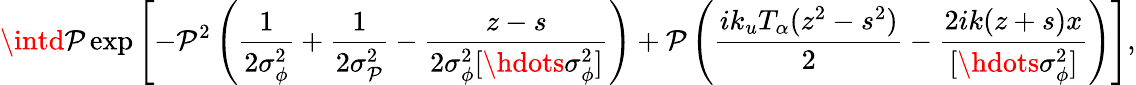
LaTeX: \intd\mathcal{P}\exp\left[-\mathcal{P}^{2}\left(\frac{{1}}{{2\sigma_{\phi}^{2}}}+\frac{{1}}{{2\sigma_{\mathcal{P}}^{2}}}-\frac{{z-s}}{{2\sigma_{\phi}^{2}[\hdots\sigma_{\phi}^{2}]}}\right)+\mathcal{P}\left(\frac{{ik_{u}T_{\alpha}(z^{2}-s^{2})}}{{2}}-\frac{{2ik(z+s)x}}{{[\hdots\sigma_{\phi}^{2}]}}\right)\right],